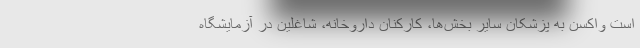
است واکسن به پزشکان سایر بخش‌ها، کارکنان داروخانه، شاغلین در آزمایشگاه